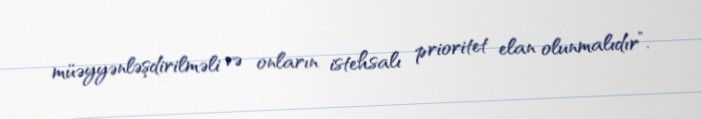
müəyyənləşdirilməli və onların istehsalı prioritet elan olunmalıdır”.